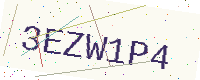
Text: 3EZW1P4